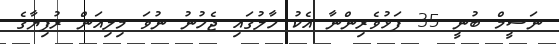
ނަސީމް ބުނީ 35 ފަޅުވެރިންނާ އެކު ހާލުގައި ޖެހުނު ނުވަ މިލިއަން ރުފިޔާގެ